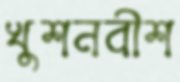
খুশনবীশ